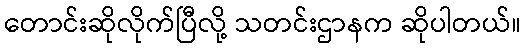
တောင်းဆိုလိုက်ပြီလို့ သတင်းဌာနက ဆိုပါတယ်။